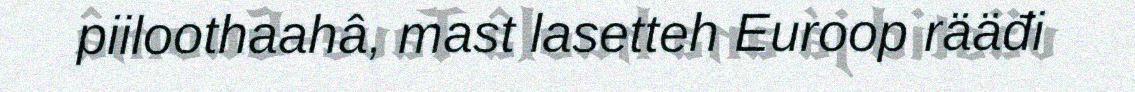
piiloothaahâ, mast lasetteh Euroop rääđi